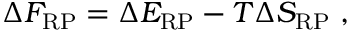
\Delta F _ { \mathrm { R P } } = \Delta E _ { \mathrm { R P } } - T \Delta S _ { \mathrm { R P } } \ ,